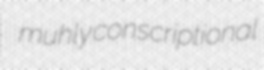
muhly conscriptional